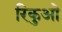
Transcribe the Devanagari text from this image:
रिकुओ